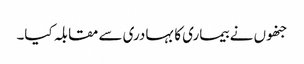
جنھوں نے بیماری کا بہادری سے مقابلہ کیا۔